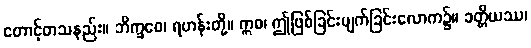
တောင့်တသနည်း။ ဘိက္ခဝေ၊ ရဟန်းတို့။ ဣဓ၊ ဤဖြစ်ခြင်းပျက်ခြင်းလောက၌။ ခတ္တိယဿ၊